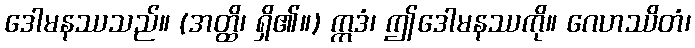
ဒေါမနဿသည်။ (အတ္ထိ၊ ရှိ၏။) ဣဒံ၊ ဤဒေါမနဿကို။ ဂေဟဿိတံ၊